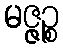
မဇ္ဇဉ္စ